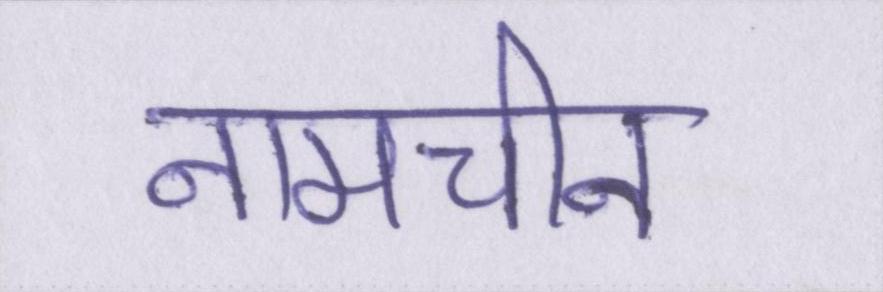
नामचीन